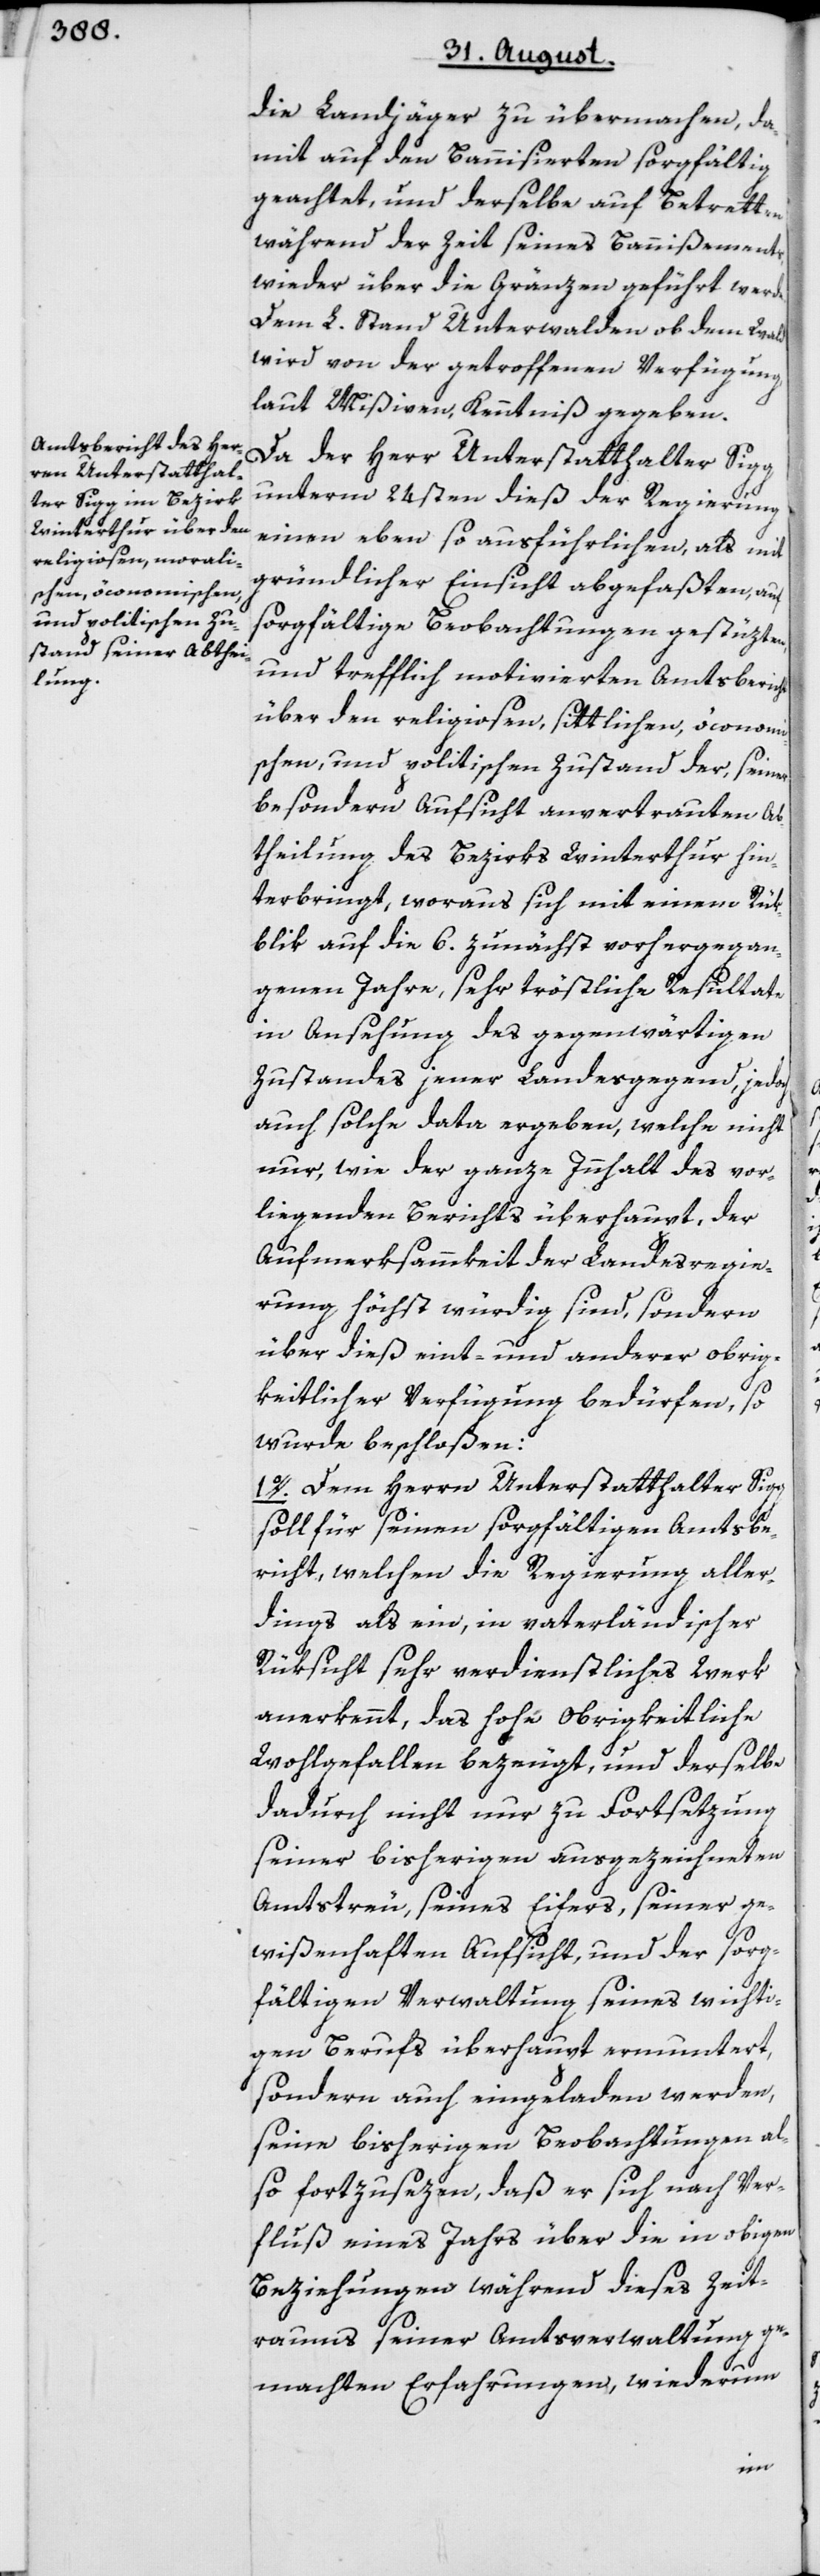
die Landjäger zu übermachen, da¬
mit auf den Bannisierten sorgfältig
geachtet, und derselbe auf Betretten
während der Zeit seines Bannißements,
wieder über die Gränzen geführt werde.
Dem L. Stand Unterwalden ob dem Wald
wird von der getroffenen Verfügung,
laut Mißiven, Kenntniß gegeben.
Da der Herr Unterstatthalter Sigg
unterm 24sten dieß der Regierung
einen eben so ausführlichen, als mit
gründlicher Einsicht abgefaßten, auf
sorgfältige Beobachtungen gestüzten,
und trefflich motivierten Amtsbericht
über den religiosen, sittlichen, öconom¬
ischen, und politischen Zustand der, seiner
besondern Aufsicht anvertrauten Ab¬
theilung des Bezirks Winterthur hin¬
terbringt, woraus sich mit einem Rük¬
blik auf die 6. zunächst vorhergegan¬
genen Jahre, sehr tröstliche Resultate
in Ansehung des gegenwärtigen
Zustandes jener Landesgegend, jedoch
auch solche data ergeben, welche nicht
nur, wie der ganze Innhalt des vor¬
liegenden Berichts überhaupt, der
Aufmerksammkeit der Landesregie¬
rung höchst würdig sind, sondern
über dieß eint- und anderer obrig¬
keitlicher Verfügung bedürfen, so
wurde beschloßen:
1o. Dem Herrn Unterstatthalter Sigg
soll für seinen sorgfältigen Amtsbe¬
richt, welchen die Regierung aller¬
dings als ein, in vaterländischer
Rüksicht sehr verdienstliches Werk
anerkennt, das hohe Obrigkeitliche
Wohlgefallen bezeugt, und derselbe
dadurch nicht nur zu Fortsetzung
seiner bisherigen ausgezeichneten
Amtstreu, seines Eifers, seiner ge¬
wißenhaften Aufsicht, und der sorg¬
fältigen Verwaltung seines wichti¬
gen Berufs überhaupt ermuntert,
sondern auch eingeladen werden,
seine bisherigen Beobachtungen al¬
so fortzusezen, daß er sich nach Ver¬
fluß eines Jahrs über die in obigen
Beziehungen während dieses Zeit¬
raums seiner Amtsverwaltung ge¬
machten Erfahrungen, wiederum